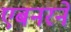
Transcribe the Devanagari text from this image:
एबनरने